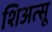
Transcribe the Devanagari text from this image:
शिअत्सू